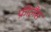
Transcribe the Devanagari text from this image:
फ्रीलैंस